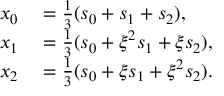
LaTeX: \begin{array} { r l } { x _ { 0 } } & { { } = { \frac { 1 } { 3 } } ( s _ { 0 } + s _ { 1 } + s _ { 2 } ) , } \\ { x _ { 1 } } & { { } = { \frac { 1 } { 3 } } ( s _ { 0 } + \xi ^ { 2 } s _ { 1 } + \xi s _ { 2 } ) , } \\ { x _ { 2 } } & { { } = { \frac { 1 } { 3 } } ( s _ { 0 } + \xi s _ { 1 } + \xi ^ { 2 } s _ { 2 } ) . } \end{array}